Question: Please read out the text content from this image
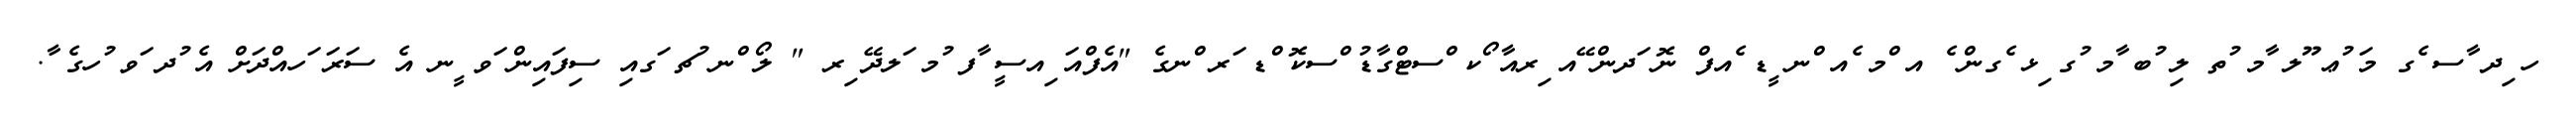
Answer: ހ ިދ ާސ ެގ މަ ުޢ ޫލ ާމ ުތ ލި ުބ ާމ ުގ ިޅ ެގން ެ އ ްމ ެއ ްނ ީޑ ެއފް ނޮ ަދން ޭއ ިރއާ ޯކ ްސޓްގާޑު ްސކޮ ްޑ ަރ ްނގެ "އެފްއަ ިއސީ ާފ ުމ ަލދޭ ިރ " ލޯ ްނ ުޗ ަގއި ސިފައިން ަވ ީނ އެ ސަރަ ަހއްދަށް އެ ުދ ަވ ުހގެ ާ.